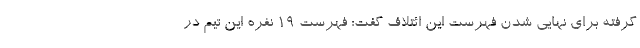
گرفته برای نهایی شدن فهرست این ائتلاف گفت: فهرست ۱۹ نفره این تیم در